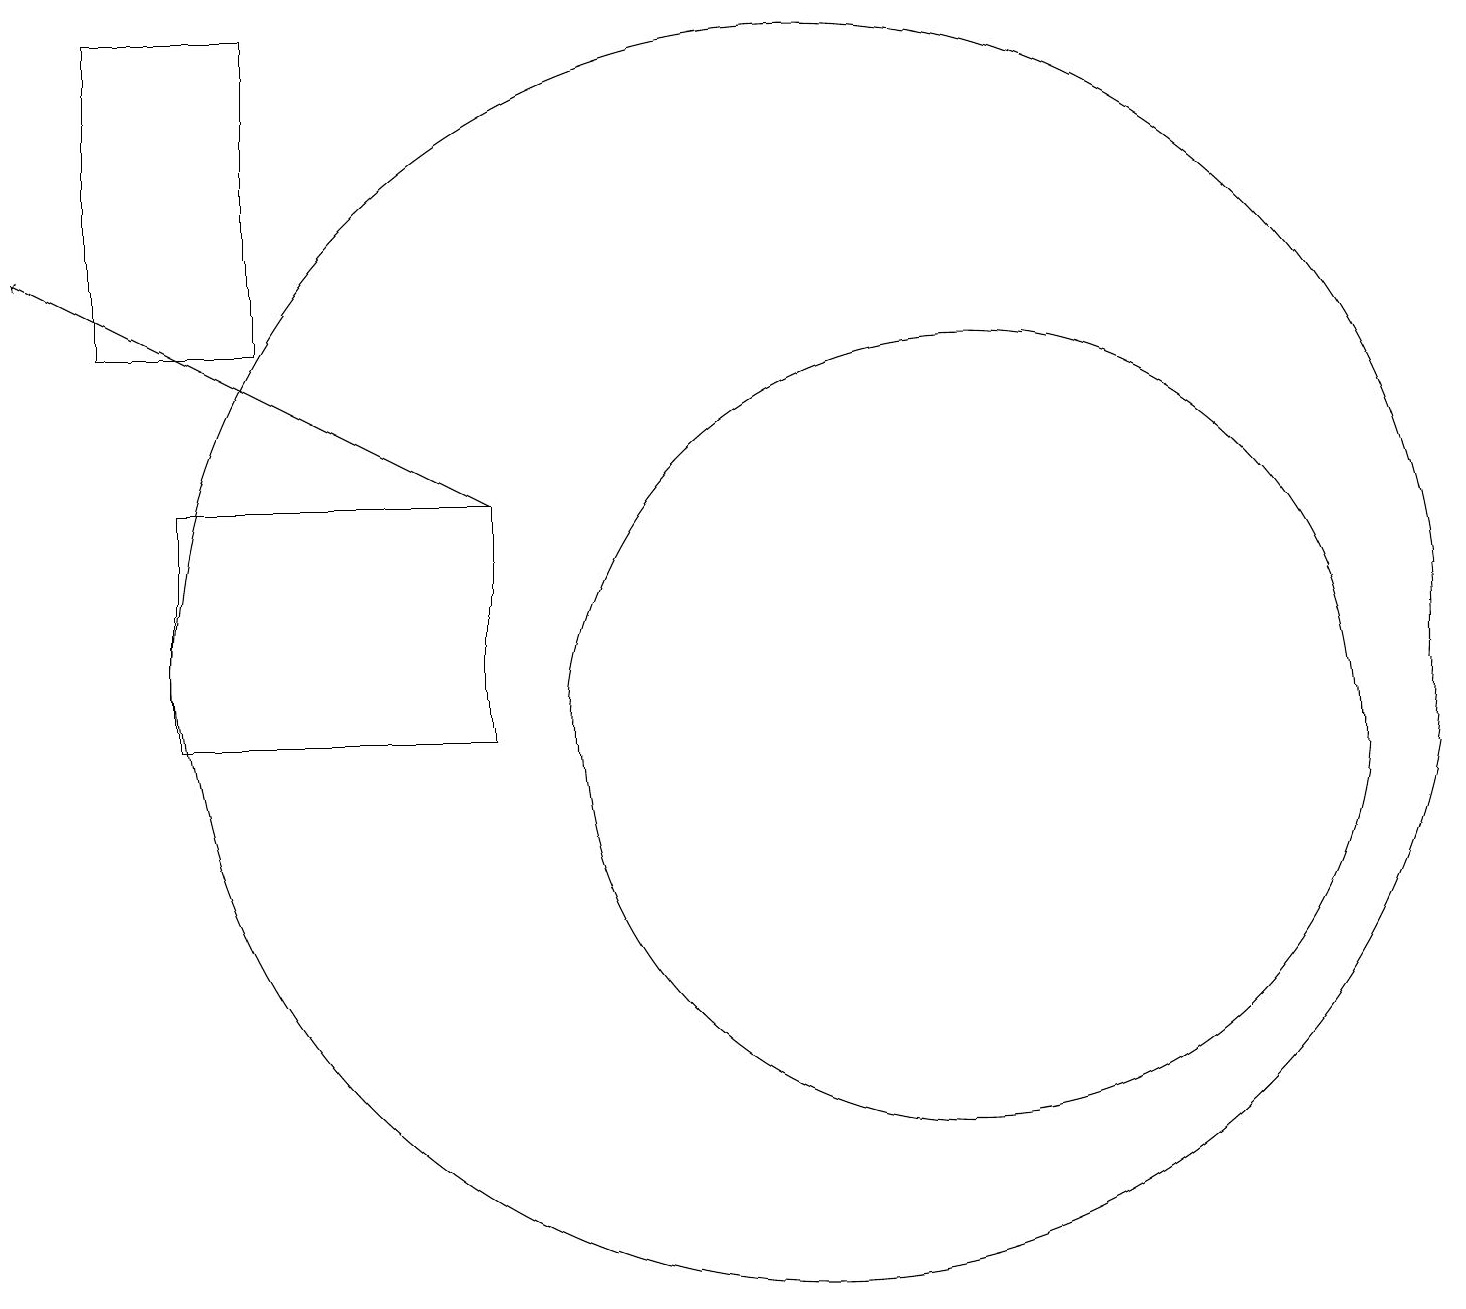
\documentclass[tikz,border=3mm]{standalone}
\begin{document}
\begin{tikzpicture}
\draw (6,13) rectangle (2,10);
\draw (12,10) circle (5);
\draw (1,19) rectangle (3,15);
\draw[->] (6,13) -- (0,16);
\draw (10,11) circle (8);
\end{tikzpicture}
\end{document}